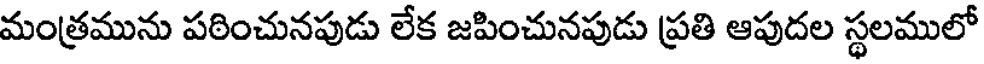
మంత్రమును పఠించునపుడు లేక జపించునపుడు ప్రతి ఆపుదల స్థలములో